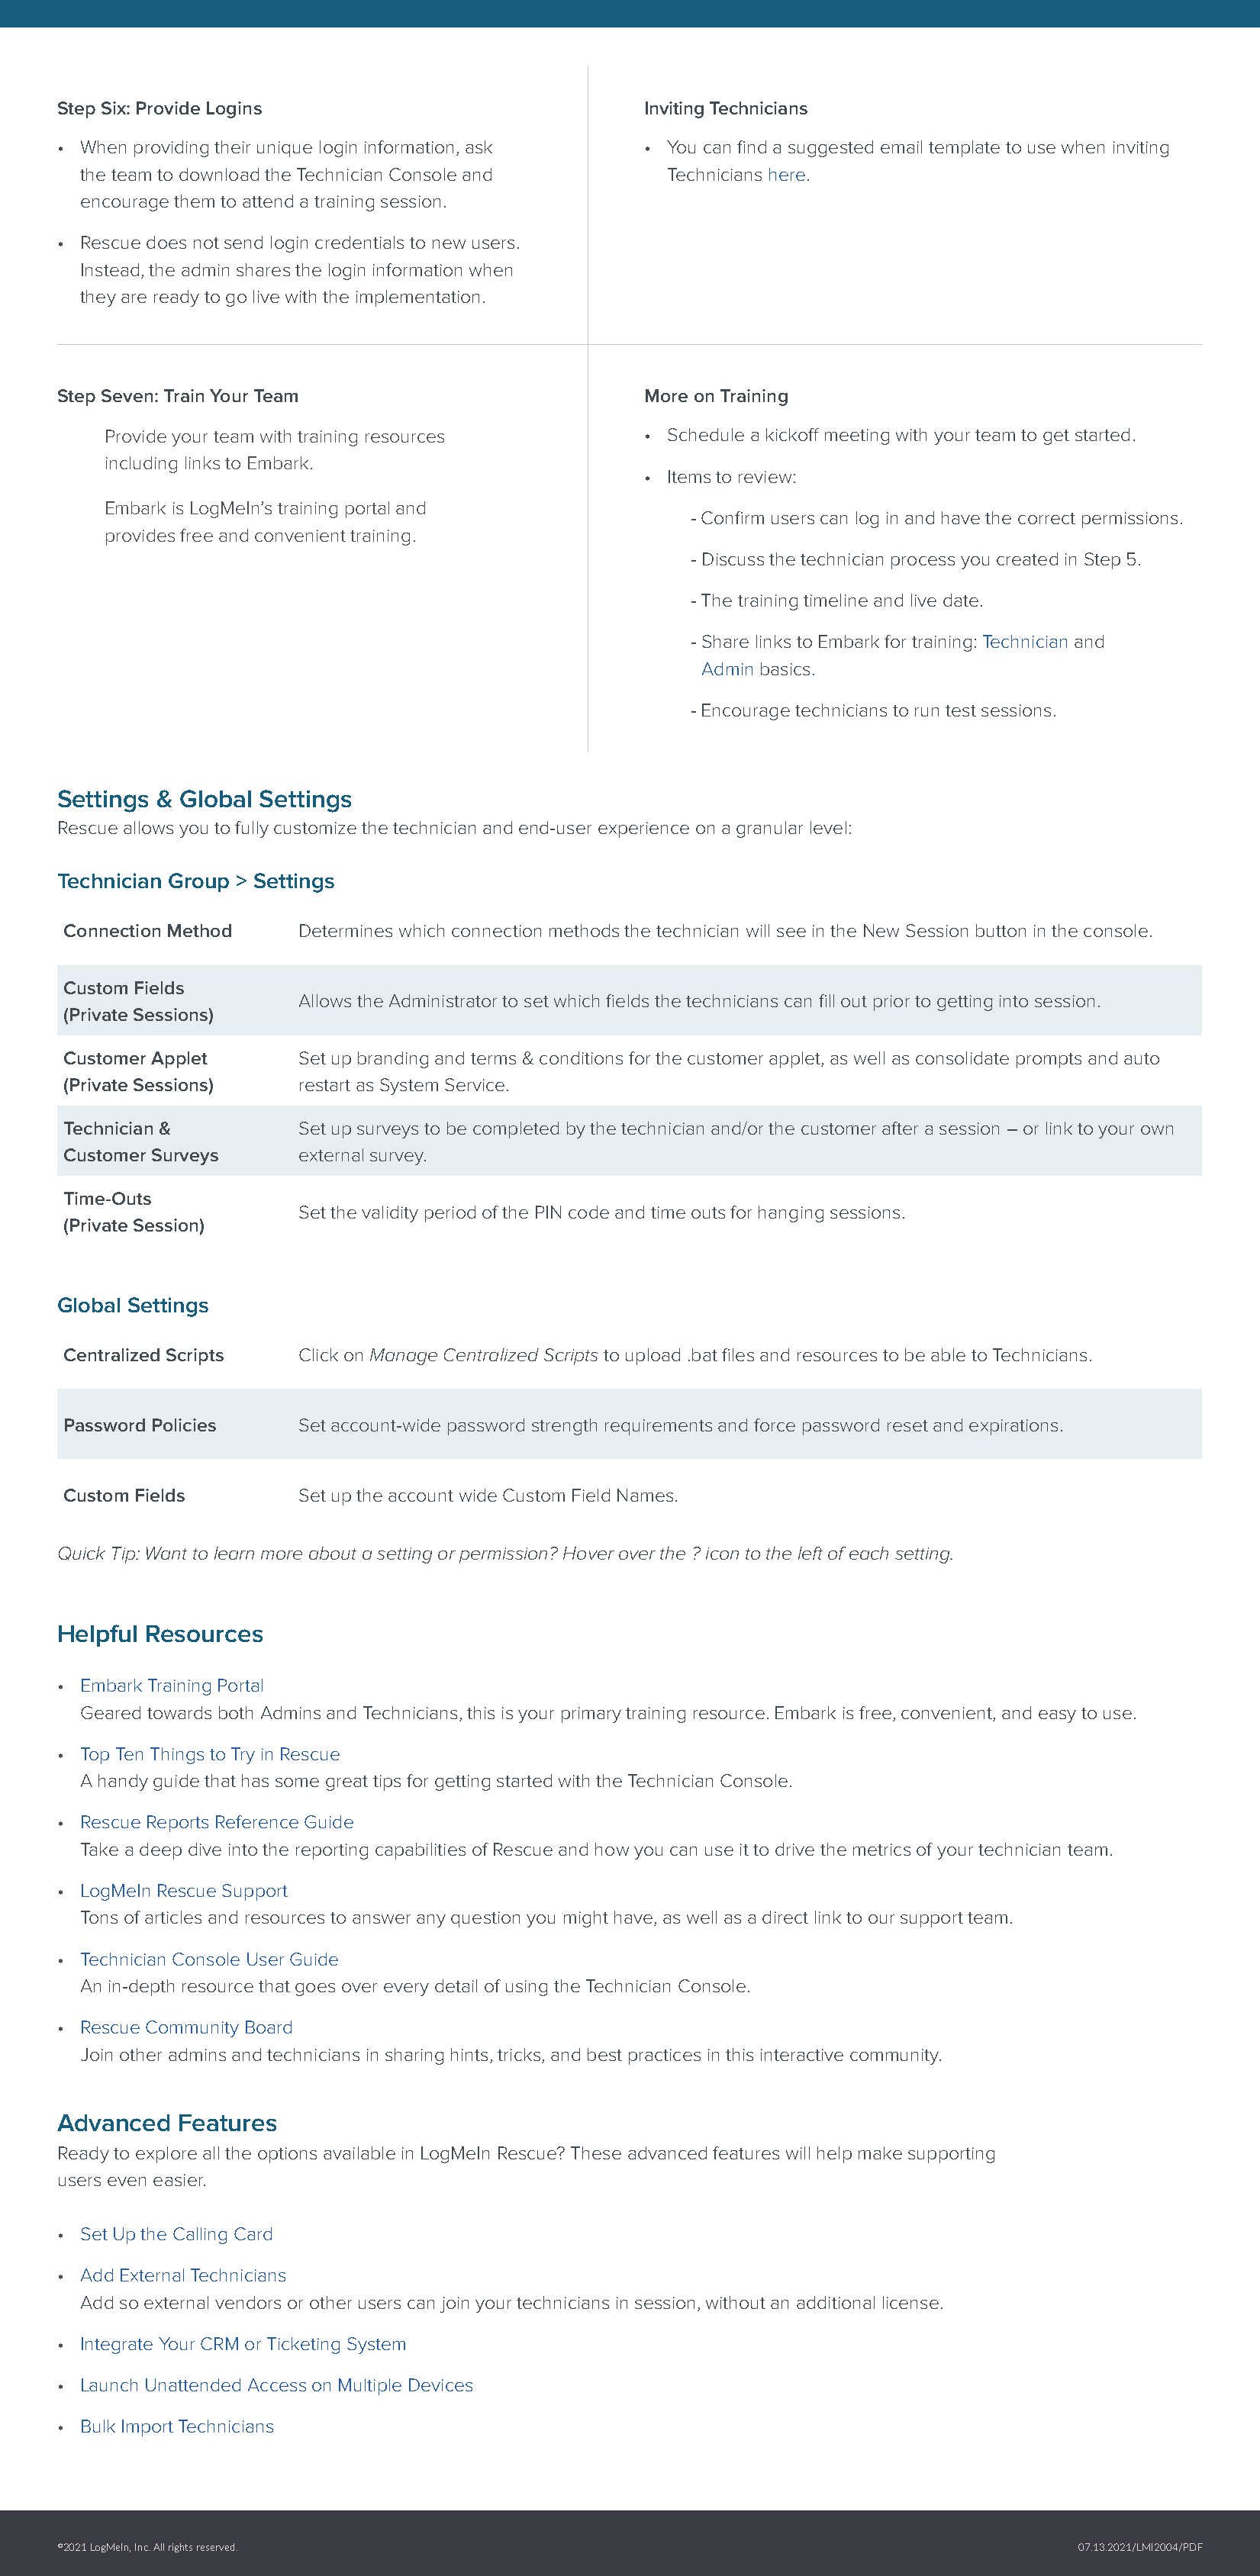
Step Six: Provide Logins                           Inviting Technicians
 • When providing their unique login information, ask • You can find a suggested email template to use when inviting
 the team to download the Technician Console and    Technicians here.
 encourage them to attend a training session.
 • Rescue does not send login credentials to new users.
 Instead, the admin shares the login information when
 they are ready to go live with the implementation.
 Step Seven: Train Your Team                        More on Training
 Provide your team with training resources      • Schedule a kickoff meeting with your team to get started.
 including links to Embark.
 • Items to review:
 Embark is LogMeIn’s training portal and
 - Confirm users can log in and have the correct permissions.
 provides free and convenient training.
 - Discuss the technician process you created in Step 5.
 - The training timeline and live date.
 - Share links to Embark for training: Technician and
 Admin basics.
 - Encourage technicians to run test sessions.
 Settings & Global Settings
 Rescue allows you to fully customize the technician and end-user experience on a granular level:
 Technician Group > Settings
 Connection Method   Determines which connection methods the technician will see in the New Session button in the console.
 Custom Fields
 Allows the Administrator to set which fields the technicians can fill out prior to getting into session.
 (Private Sessions)
 Customer Applet     Set up branding and terms & conditions for the customer applet, as well as consolidate prompts and auto
 (Private Sessions)  restart as System Service.
 Technician &        Set up surveys to be completed by the technician and/or the customer after a session – or link to your own
 Customer Surveys    external survey.
 Time-Outs
 Set the validity period of the PIN code and time outs for hanging sessions.
 (Private Session)
 Global Settings
 Centralized Scripts Click on Manage Centralized Scripts to upload .bat files and resources to be able to Technicians.
 Password Policies   Set account-wide password strength requirements and force password reset and expirations.
 Custom Fields       Set up the account wide Custom Field Names.
 Quick Tip: Want to learn more about a setting or permission? Hover over the ? icon to the left of each setting.
 Helpful Resources
 • Embark Training Portal
 Geared towards both Admins and Technicians, this is your primary training resource. Embark is free, convenient, and easy to use.
 • Top Ten Things to Try in Rescue
 A handy guide that has some great tips for getting started with the Technician Console.
 • Rescue Reports Reference Guide
 Take a deep dive into the reporting capabilities of Rescue and how you can use it to drive the metrics of your technician team.
 • LogMeIn Rescue Support
 Tons of articles and resources to answer any question you might have, as well as a direct link to our support team.
 • Technician Console User Guide
 An in-depth resource that goes over every detail of using the Technician Console.
 • Rescue Community Board
 Join other admins and technicians in sharing hints, tricks, and best practices in this interactive community.
 Advanced  Features
 Ready to explore all the options available in LogMeIn Rescue? These advanced features will help make supporting
 users even easier.
 • Set Up the Calling Card
 • Add External Technicians
 Add so external vendors or other users can join your technicians in session, without an additional license.
 • Integrate Your CRM or Ticketing System
 • Launch Unattended Access on Multiple Devices
 • Bulk Import Technicians
 ©2021 LogMeIn, Inc. All rights reserved.                                                07.13.2021/LMI2004/PDF